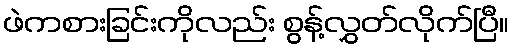
ဖဲကစားခြင်းကိုလည်း စွန့်လွှတ်လိုက်ပြီ။